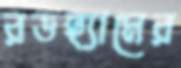
রডহ্যামের